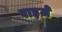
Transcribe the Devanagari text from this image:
वाइज़े